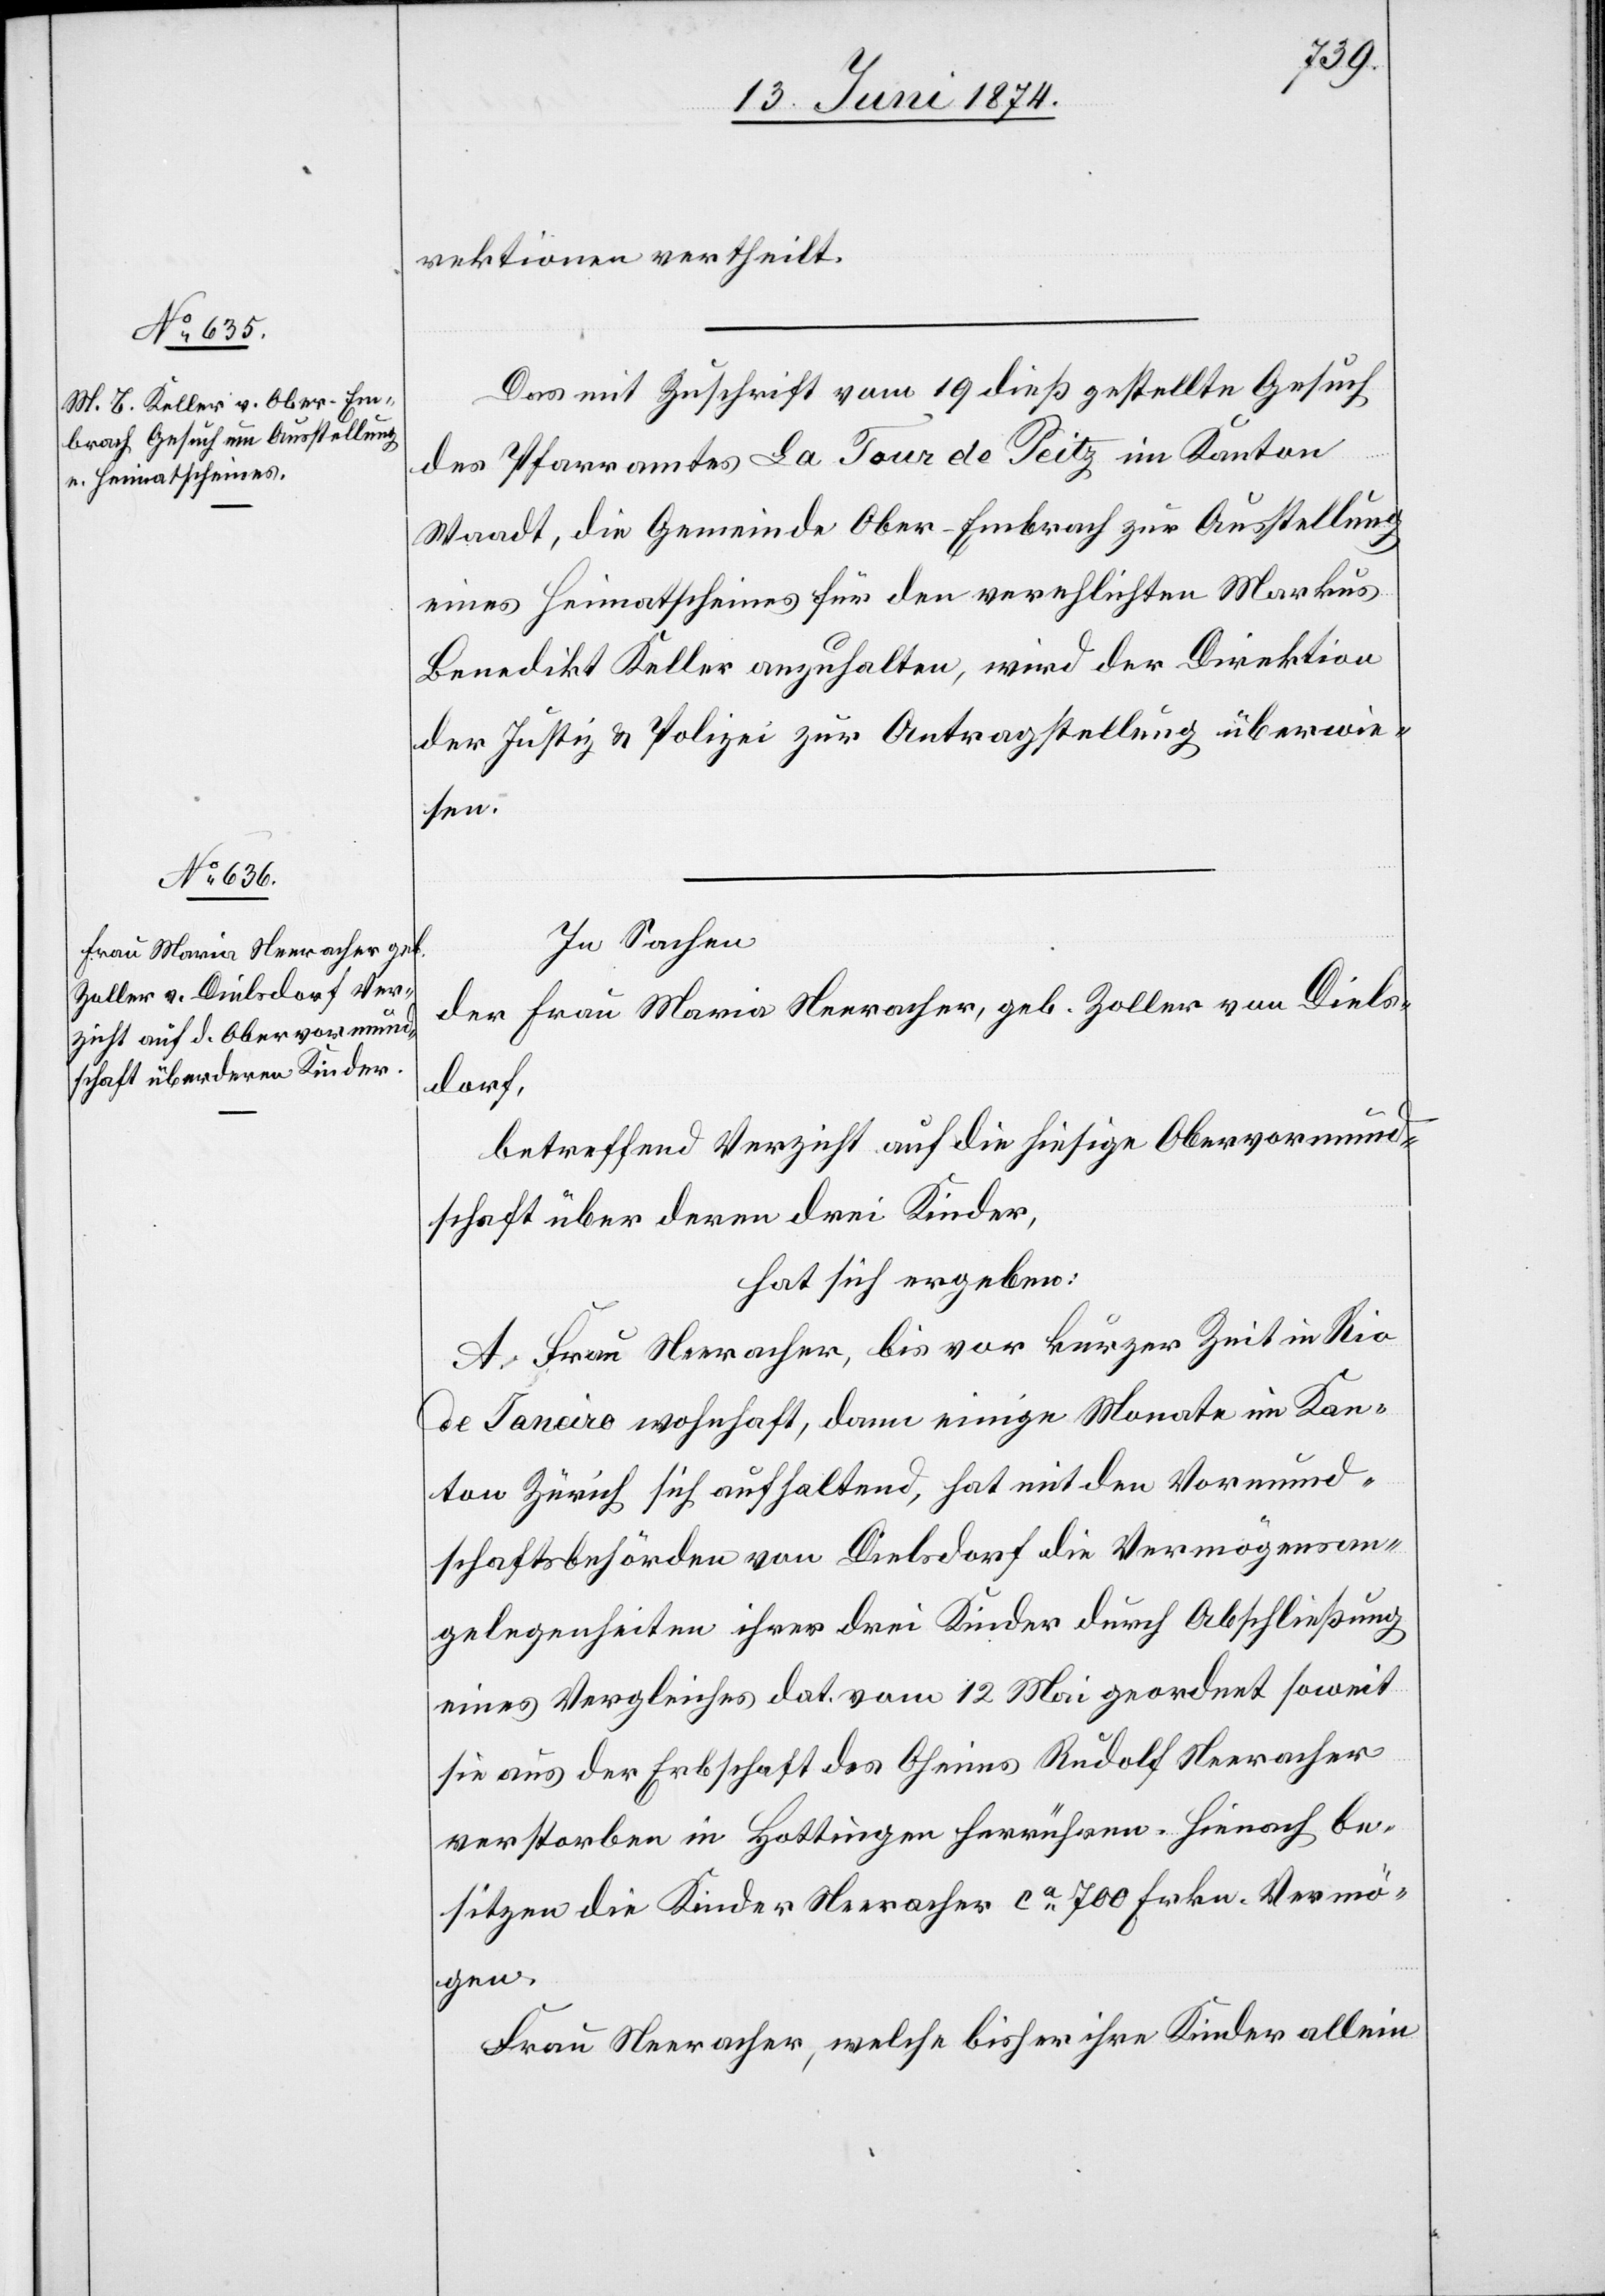
19. Juni 1874.]
rektionen vertheilt.
Das mit Zuschrift vom 19. dieß gestellte Gesuch
des Pfarramtes La Tour de Peitz im Kanton
Waadt, die Gemeinde Ober-Embrach zur Ausstellung
eines Heimatscheines für den verehlichten Markus
Benedikt Keller anzuhalten, wird der Direktion
der Justiz u. Polizei zur Antragstellung überwie¬
sen.
In Sachen
der Frau Maria Neeracher, geb. Zoller von Diels¬
dorf,
betreffend Verzicht auf die hiesige Obervormund¬
schaft über deren drei Kinder,
hat sich ergeben:
A. Frau Neeracher, bis vor kurzer Zeit in Rio
de Janeiro wohnhaft, dann einige Monate im Kan¬
ton Zürich sich aufhaltend, hat mit den Vormund¬
schaftsbehörden von Dielsdorf die Vermögensan¬
gelegenheiten ihrer drei Kinder durch Abschließung
eines Vergleiches dat. vom 12. Mai geordnet soweit
sie aus der Erbschaft des Oheims Rudolf Neeracher
verstorben in Hottingen herrühren. Hienach be¬
sitzen die Kinder Neeracher ca 700 Frkn. Vermö¬
gen.
Frau Neeracher, welche bisher ihre Kinder allein